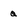
Character: Q